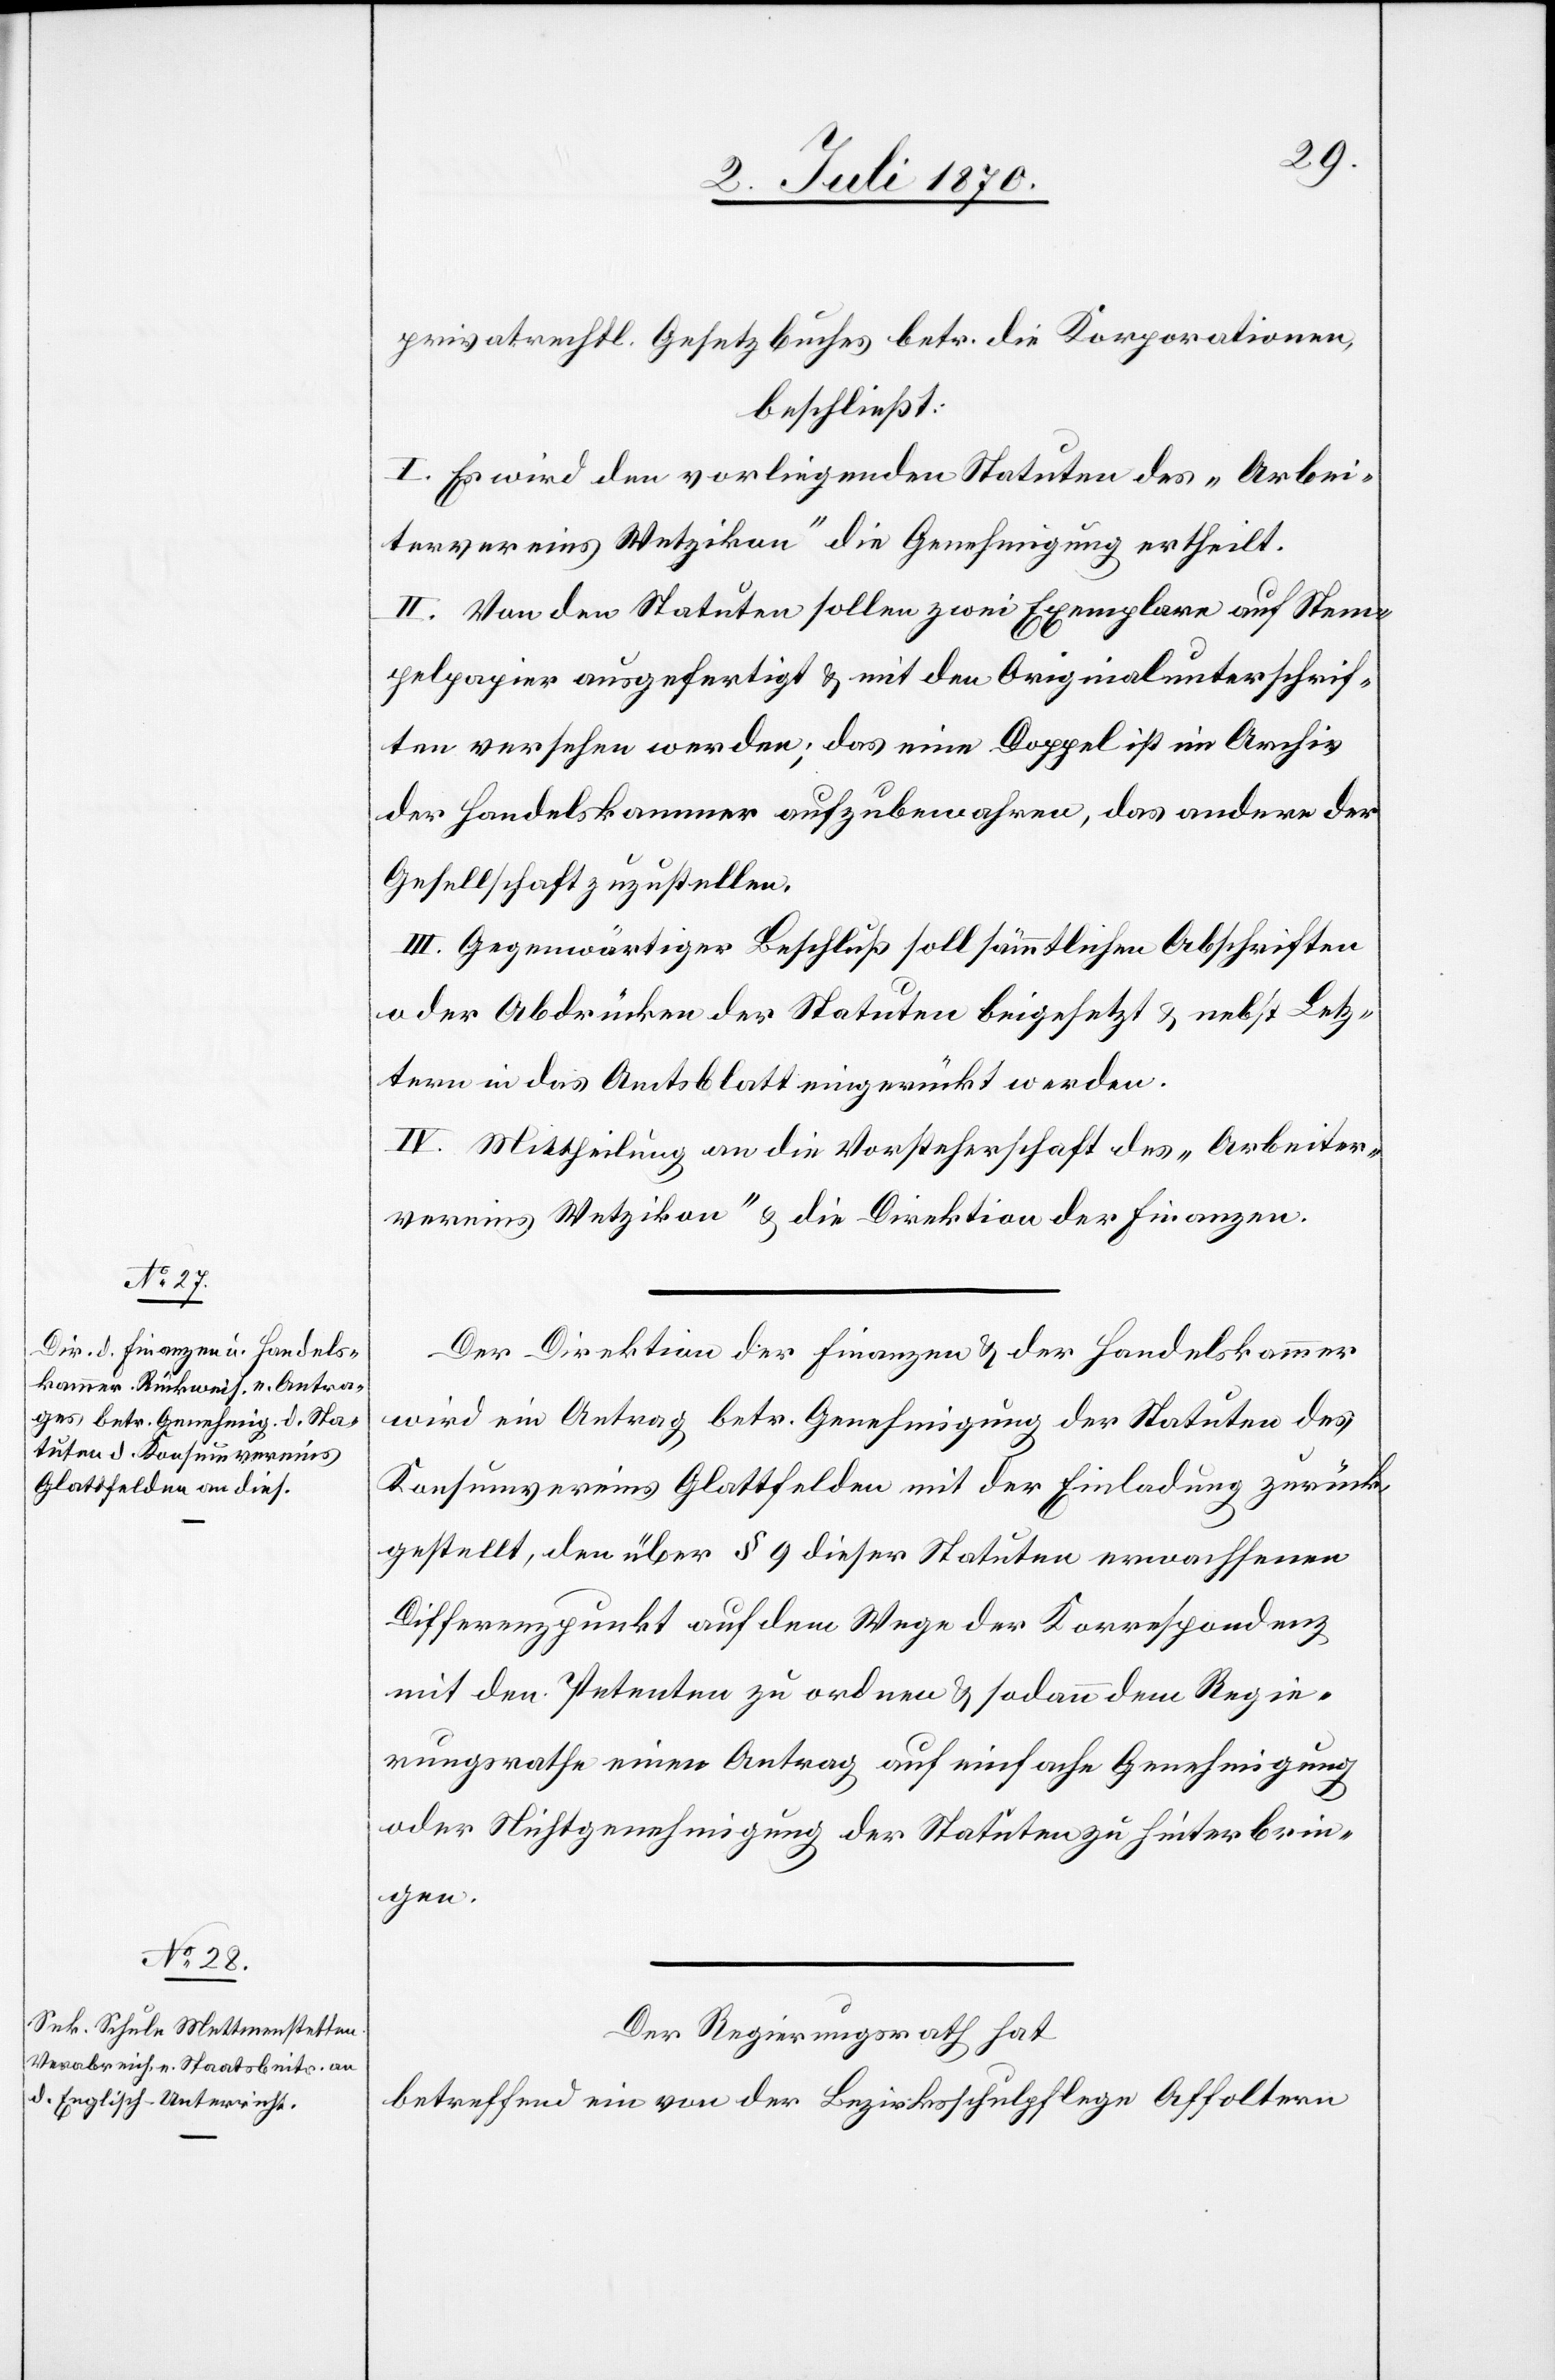
privatrechtl. Gesetzbuches betr. die Korporationen,
beschließt:
I. Es wird den vorliegenden Statuten des „Arbei¬
tervereins Wetzikon“ die Genehmigung ertheilt.
II. Von den Statuten sollen zwei Exemplare auf Stem¬
pelpapier ausgefertigt & mit den Originalunterschrif¬
ten versehen werden; das eine Doppel ist im Archiv
der Handelskammer aufzubewahren, das anderere der
Gesellschaft zuzustellen.
III. Gegenwärtiger Beschluß soll sämmtlichen Abschriften
oder Abdrücken der Statuten beigesetzt & nebst Letz¬
tern in das Amtsblatt eingerückt werden.
IV. Mittheilung an die Vorsteherschaft des „Arbeiter¬
vereins Wetzikon“ & die Direktion der Finanzen.
Der Direktion der Finanzen & der Handelskammer
wird ein Antrag betr. Genehmigung der Statuten des
Konsumvereins Glattfelden mit der Einladung zurück¬
gestellt, den über § 9 dieser Statuten erwachsenen
Differenzpunkt auf dem Wege der Korrespondenz
mit den Petenten zu ordnen & sodann dem Regie¬
rungsrathe einen Antrag auf einfache Genehmigung
oder Nichtgenehmigung der Statuten zu hinterbrin¬
gen.
Der Regierungsrath hat
betreffend ein von der Bezirksschulpflege Affoltern